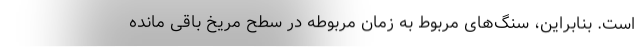
است. بنابراین، سنگ‌های مربوط به زمان مربوطه در سطح مریخ باقی مانده